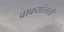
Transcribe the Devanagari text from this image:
वाक्यांतली